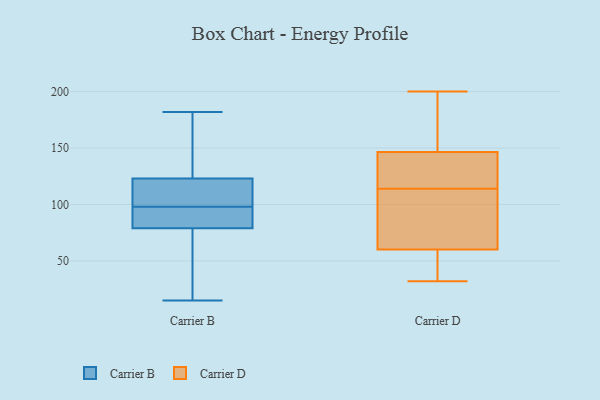
{"axis": {"x": "Tickets Resolved", "y": "Value"}, "legend": ["Carrier B", "Carrier D"], "data": [{"x": "", "y": 50, "type": "Carrier B"}, {"x": "", "y": 106, "type": "Carrier B"}, {"x": "", "y": 97, "type": "Carrier B"}, {"x": "", "y": 99, "type": "Carrier B"}, {"x": "", "y": 182, "type": "Carrier B"}, {"x": "", "y": 140, "type": "Carrier B"}, {"x": "", "y": 123, "type": "Carrier B"}, {"x": "", "y": 160, "type": "Carrier B"}, {"x": "", "y": 28, "type": "Carrier B"}, {"x": "", "y": 15, "type": "Carrier B"}, {"x": "", "y": 81, "type": "Carrier B"}, {"x": "", "y": 113, "type": "Carrier B"}, {"x": "", "y": 79, "type": "Carrier B"}, {"x": "", "y": 119, "type": "Carrier B"}, {"x": "", "y": 92, "type": "Carrier B"}, {"x": "", "y": 151, "type": "Carrier B"}, {"x": "", "y": 91, "type": "Carrier B"}, {"x": "", "y": 43, "type": "Carrier B"}, {"x": "", "y": 151, "type": "Carrier D"}, {"x": "", "y": 145, "type": "Carrier D"}, {"x": "", "y": 132, "type": "Carrier D"}, {"x": "", "y": 157, "type": "Carrier D"}, {"x": "", "y": 108, "type": "Carrier D"}, {"x": "", "y": 137, "type": "Carrier D"}, {"x": "", "y": 32, "type": "Carrier D"}, {"x": "", "y": 32, "type": "Carrier D"}, {"x": "", "y": 107, "type": "Carrier D"}, {"x": "", "y": 68, "type": "Carrier D"}, {"x": "", "y": 200, "type": "Carrier D"}, {"x": "", "y": 114, "type": "Carrier D"}, {"x": "", "y": 36, "type": "Carrier D"}]}